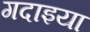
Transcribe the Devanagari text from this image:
गदाइया